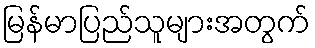
မြန်မာပြည်သူများအတွက်